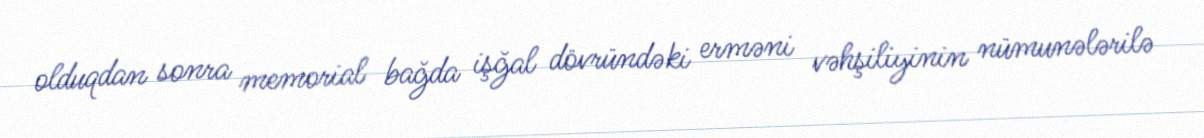
olduqdan sonra memorial bağda işğal dövründəki erməni vəhşiliyinin nümunələrilə